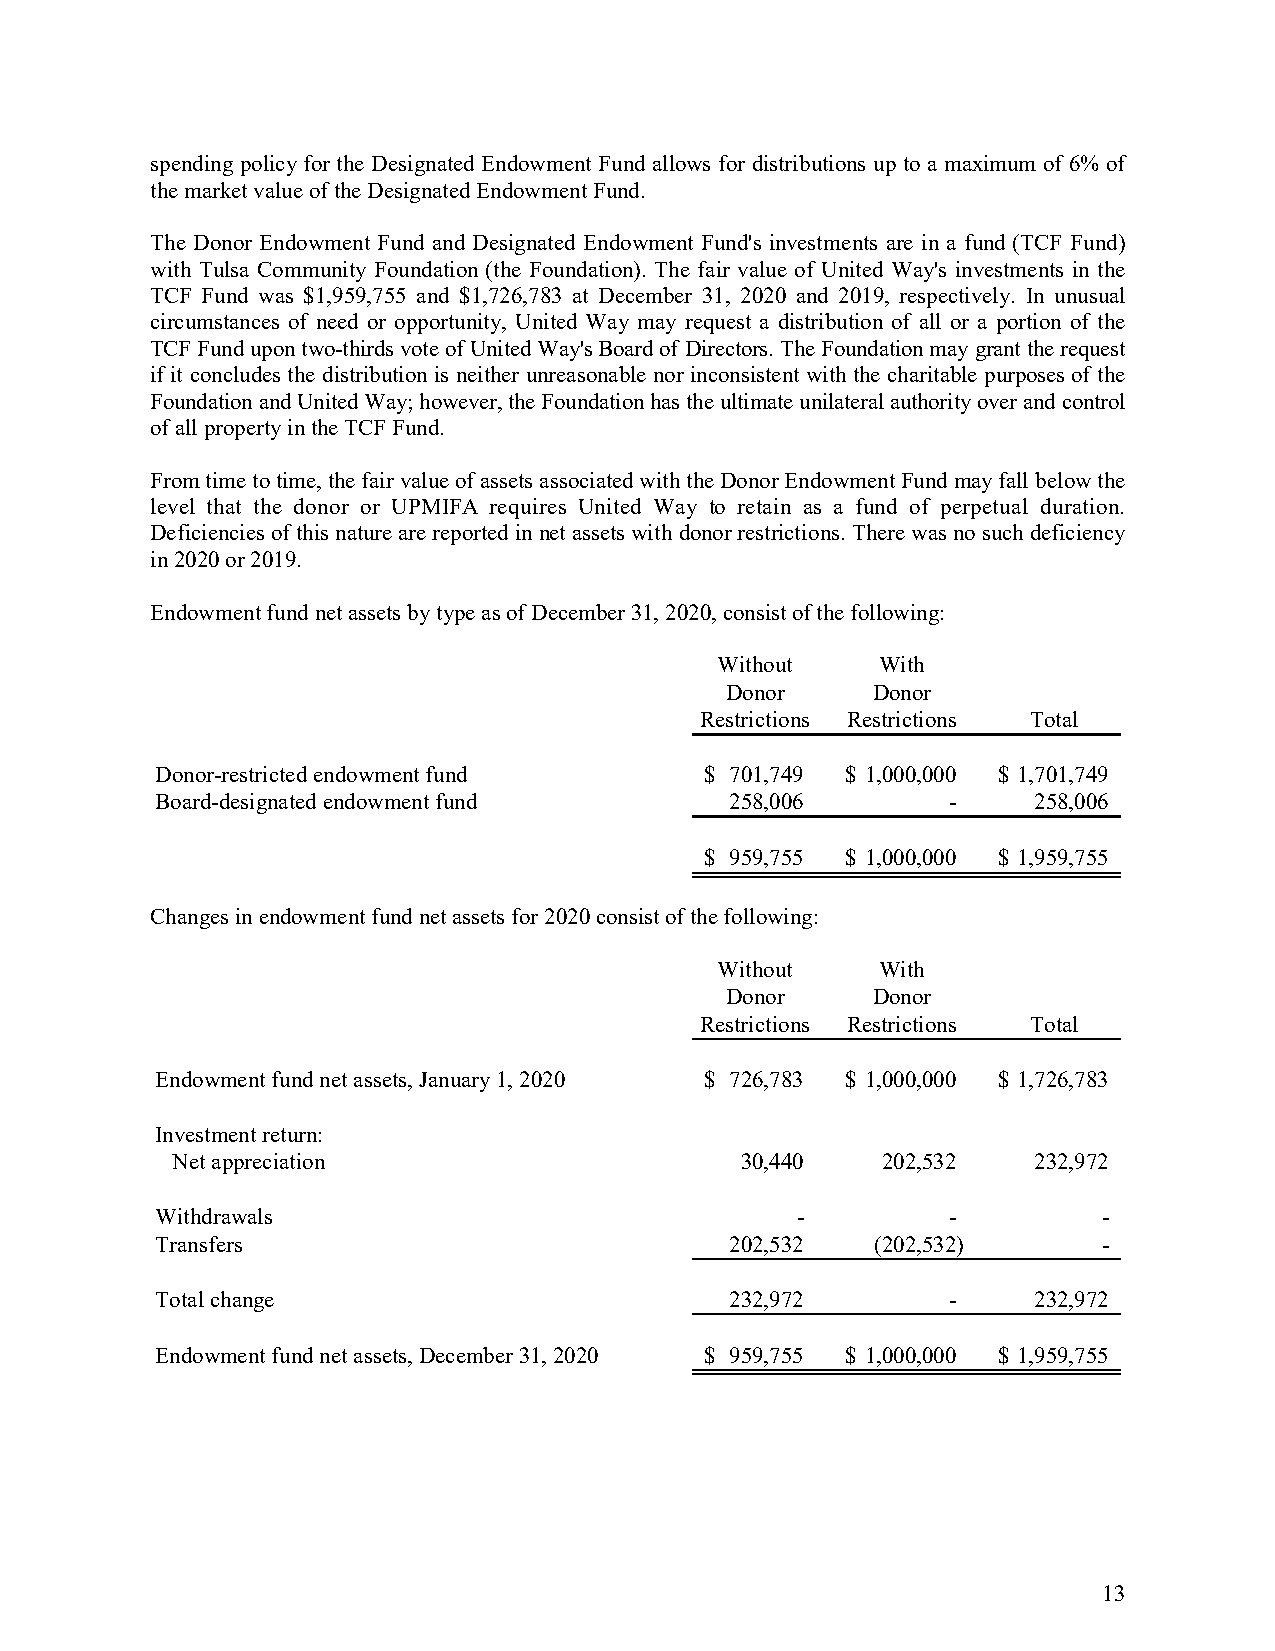
spending policy for the Designated Endowment Fund allows for distributions up to a maximum of 6% of
 the market value of the Designated Endowment Fund.
 The Donor Endowment Fund and Designated Endowment Fund's investments are in a fund (TCF Fund)
 with Tulsa Community Foundation (the Foundation). The fair value of United Way's investments in the
 TCF Fund was $1,959,755 and $1,726,783 at December 31, 2020 and 2019, respectively. In unusual
 circumstances of need or opportunity, United Way may request a distribution of all or a portion of the
 TCF Fund upon two-thirds vote of United Way's Board of Directors. The Foundation may grant the request
 if it concludes the distribution is neither unreasonable nor inconsistent with the charitable purposes of the
 Foundation and United Way; however, the Foundation has the ultimate unilateral authority over and control
 of all property in the TCF Fund.
 From time to time, the fair value of assets associated with the Donor Endowment Fund may fall below the
 level that the donor or UPMIFA requires United Way to retain as a fund of perpetual duration.
 Deficiencies of this nature are reported in net assets with donor restrictions. There was no such deficiency
 in 2020 or 2019.
 Endowment fund net assets by type as of December 31, 2020, consist of the following:
 Without    With
 Donor     Donor
 Restrictions Restrictions Total
 Donor-restricted endowment fund      $ 701,749 $ 1,000,000 $ 1,701,749
 Board-designated endowment fund       258,006        -    258,006
 $ 959,755 $ 1,000,000 $ 1,959,755
 Changes in endowment fund net assets for 2020 consist of the following:
 Without    With
 Donor     Donor
 Restrictions Restrictions Total
 Endowment fund net assets, January 1, 2020 $ 726,783 $ 1,000,000 $ 1,726,783
 Investment return:
 Net appreciation                      30,440   202,532   232,972
 Withdrawals                                -         -         -
 Transfers                             202,532   ( 202,532)     -
 Total change                          232,972        -    232,972
 Endowment fund net assets, December 31, 2020 $ 959,755 $ 1,000,000 $ 1,959,755
 13